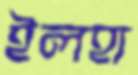
ইলহা